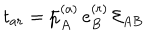
LaTeX: t _ { a r } = \bar { p } _ { A } ^ { ( a ) } \, e _ { B } ^ { ( r ) } \, { \cal E } _ { A B }